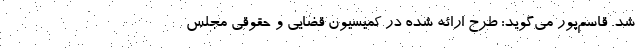
شد. قاسم‌پور می‌گوید: طرح ارائه شده در کمیسیون قضایی و حقوقی مجلس